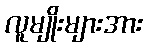
လူမျိုးများအား